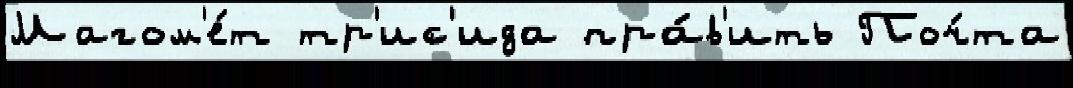
Магом'е́т тр'ис'ида пра́в'ить Поч́та